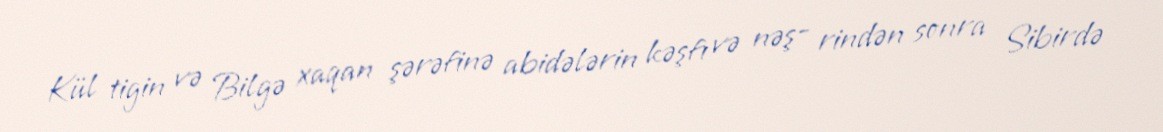
Kül tigin və Bilgə xaqan şərəfinə abidələrin kəşfı və nəş- rindən sonra Sibirdə